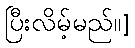
ပြီးလိမ့်မည်။]